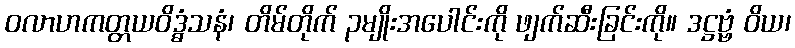
ဝလာဟကတ္တယဝိဒ္ဓံသနံ၊ တိမ်တိုက် ၃မျိုးအပေါင်းကို ဖျက်ဆီးခြင်းကို။ ဒဋ္ဌဗ္ဗံ ဝိယ၊